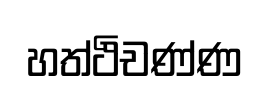
හත්ථිචණ්ණ